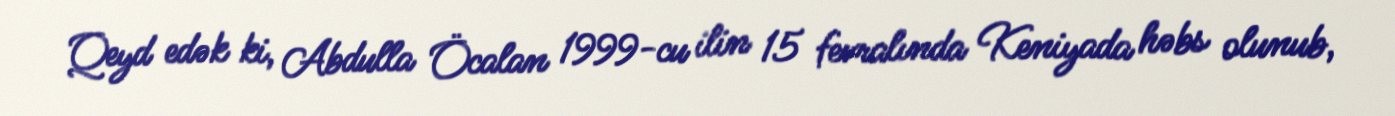
Qeyd edək ki, Abdulla Öcalan 1999-cu ilin 15 fevralında Keniyada həbs olunub,